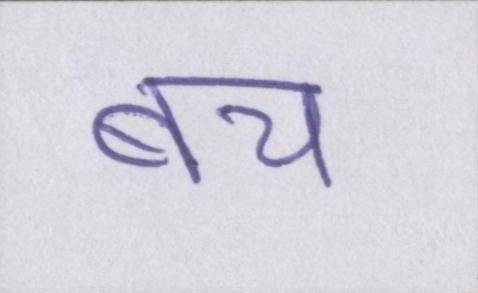
बच